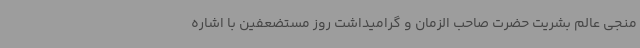
منجی عالم بشریت حضرت صاحب الزمان و گرامیداشت روز مستضعفین با اشاره